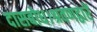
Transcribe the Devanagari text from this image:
दासबोध।श्रवणद्वारें